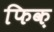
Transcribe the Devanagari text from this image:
फिक़